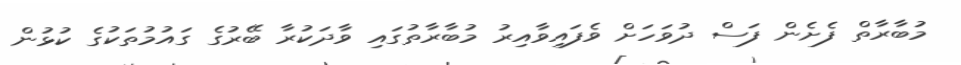
މުބާރާތް ފެށެން ފަސް ދުވަހަށް ވެފައިވާއިރު މުބާރާތުގައި ވާދަކުރާ ބޭރުގެ ގައުމުތަކުގެ ކުޅުން